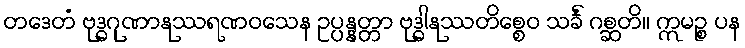
တဒေတံ ဗုဒ္ဓဂုဏာနုဿရဏဝသေန ဥပ္ပန္နတ္တာ ဗုဒ္ဓါနုဿတိစ္စေဝ သင်္ခံ ဂစ္ဆတိ။ ဣမဉ္စ ပန